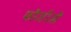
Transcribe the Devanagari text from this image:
फौजीऔ